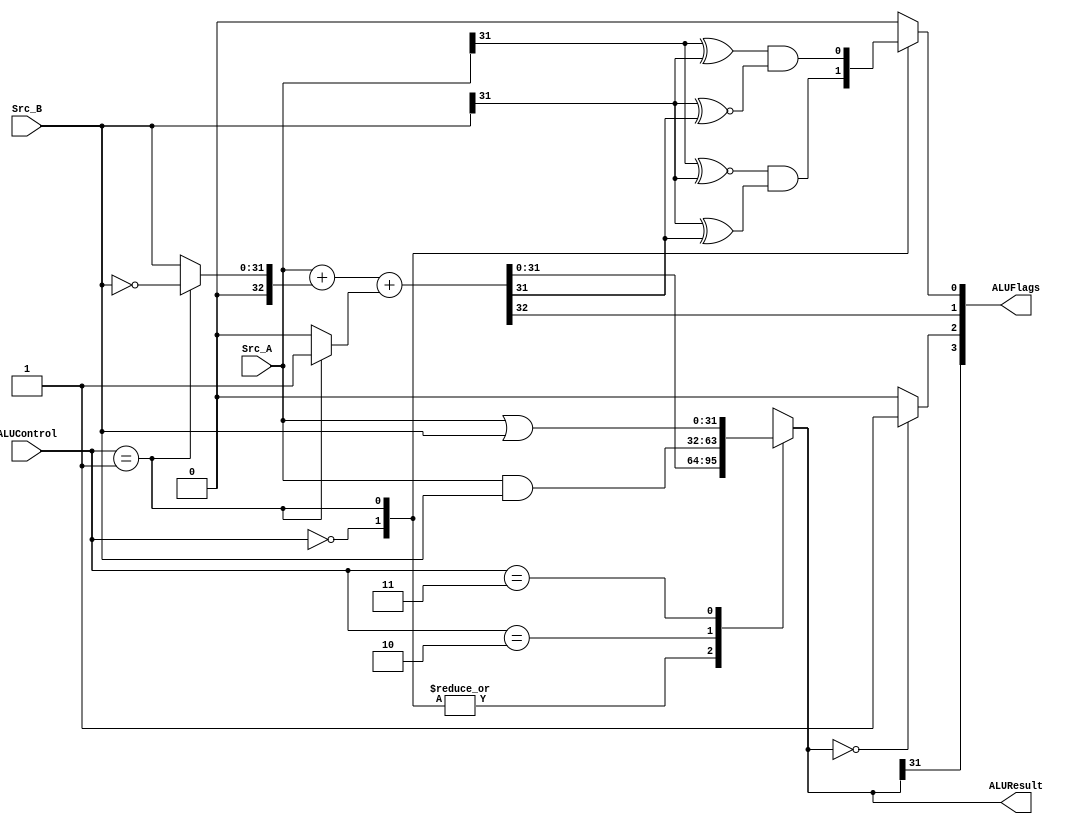
`timescale 1ns / 1ps
/*
----------------------------------------------------------------------------------
-- Company: NUS
-- Engineer: (c) Shahzor Ahmad and Rajesh Panicker  
-- 
-- Create Date:   21:06:18 24/09/2015
-- Design Name: 	ALU
-- Target Devices: Nexys 4 (Artix 7 100T)
-- Tool versions: Vivado 2015.2
-- Description: ALU Module
--
-- Dependencies:
--
-- Revision: 
-- Revision 0.01
-- Additional Comments: 
----------------------------------------------------------------------------------
--	License terms :
--	You are free to use this code as long as you
--		(i) DO NOT post it on any public repository;
--		(ii) use it only for educational purposes;
--		(iii) accept the responsibility to ensure that your implementation does not violate any intellectual property of ARM Holdings or other entities.
--		(iv) accept that the program is provided "as is" without warranty of any kind or assurance regarding its suitability for any particular purpose;
--		(v) send an email to rajesh.panicker@ieee.org briefly mentioning its use (except when used for the course CG3207 at the National University of Singapore);
--		(vi) retain this notice in this file or any files derived from this.
----------------------------------------------------------------------------------
*/

module ALU(
    input [31:0] Src_A,
    input [31:0] Src_B,
    input [1:0] ALUControl,
    output [31:0] ALUResult,
    output [3:0] ALUFlags
    );
    
    wire [32:0] S_wider ;
    reg [32:0] Src_A_comp ;
    reg [32:0] Src_B_comp ;
    reg [31:0] ALUResult_i ;
    reg [32:0] C_0 ;
    wire N, Z, C ;
    reg V ;
    
    assign S_wider = Src_A_comp + Src_B_comp + C_0 ;
    
    always@(Src_A, Src_B, ALUControl, S_wider) begin
        // default values; help avoid latches
        C_0 <= 0 ; 
        Src_A_comp <= {1'b0, Src_A} ;
        Src_B_comp <= {1'b0, Src_B} ;
        ALUResult_i <= Src_B ;
        V <= 0 ;
    
        case(ALUControl)
            2'b00:  
            begin
                ALUResult_i <= S_wider[31:0] ;
                V <= ( Src_A[31] ~^ Src_B[31] )  & ( Src_B[31] ^ S_wider[31] );          
            end
            
            2'b01:  
            begin
                C_0[0] <= 1 ;  
                Src_B_comp <= {1'b0, ~ Src_B} ;
                ALUResult_i <= S_wider[31:0] ;
                V <= ( Src_A[31] ^ Src_B[31] )  & ( Src_B[31] ~^ S_wider[31] );       
            end
            
            2'b10: ALUResult_i <= Src_A & Src_B ;
            2'b11: ALUResult_i <= Src_A | Src_B ;               
        endcase ;
    end
    
    assign N = ALUResult_i[31] ;
    assign Z = (ALUResult_i == 0) ? 1 : 0 ;
    assign C = S_wider[32] ;
    
    assign ALUResult = ALUResult_i ;
    assign ALUFlags = {N, Z, C, V} ;
        
endmodule